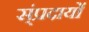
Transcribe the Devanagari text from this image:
स्ंप्रदायों